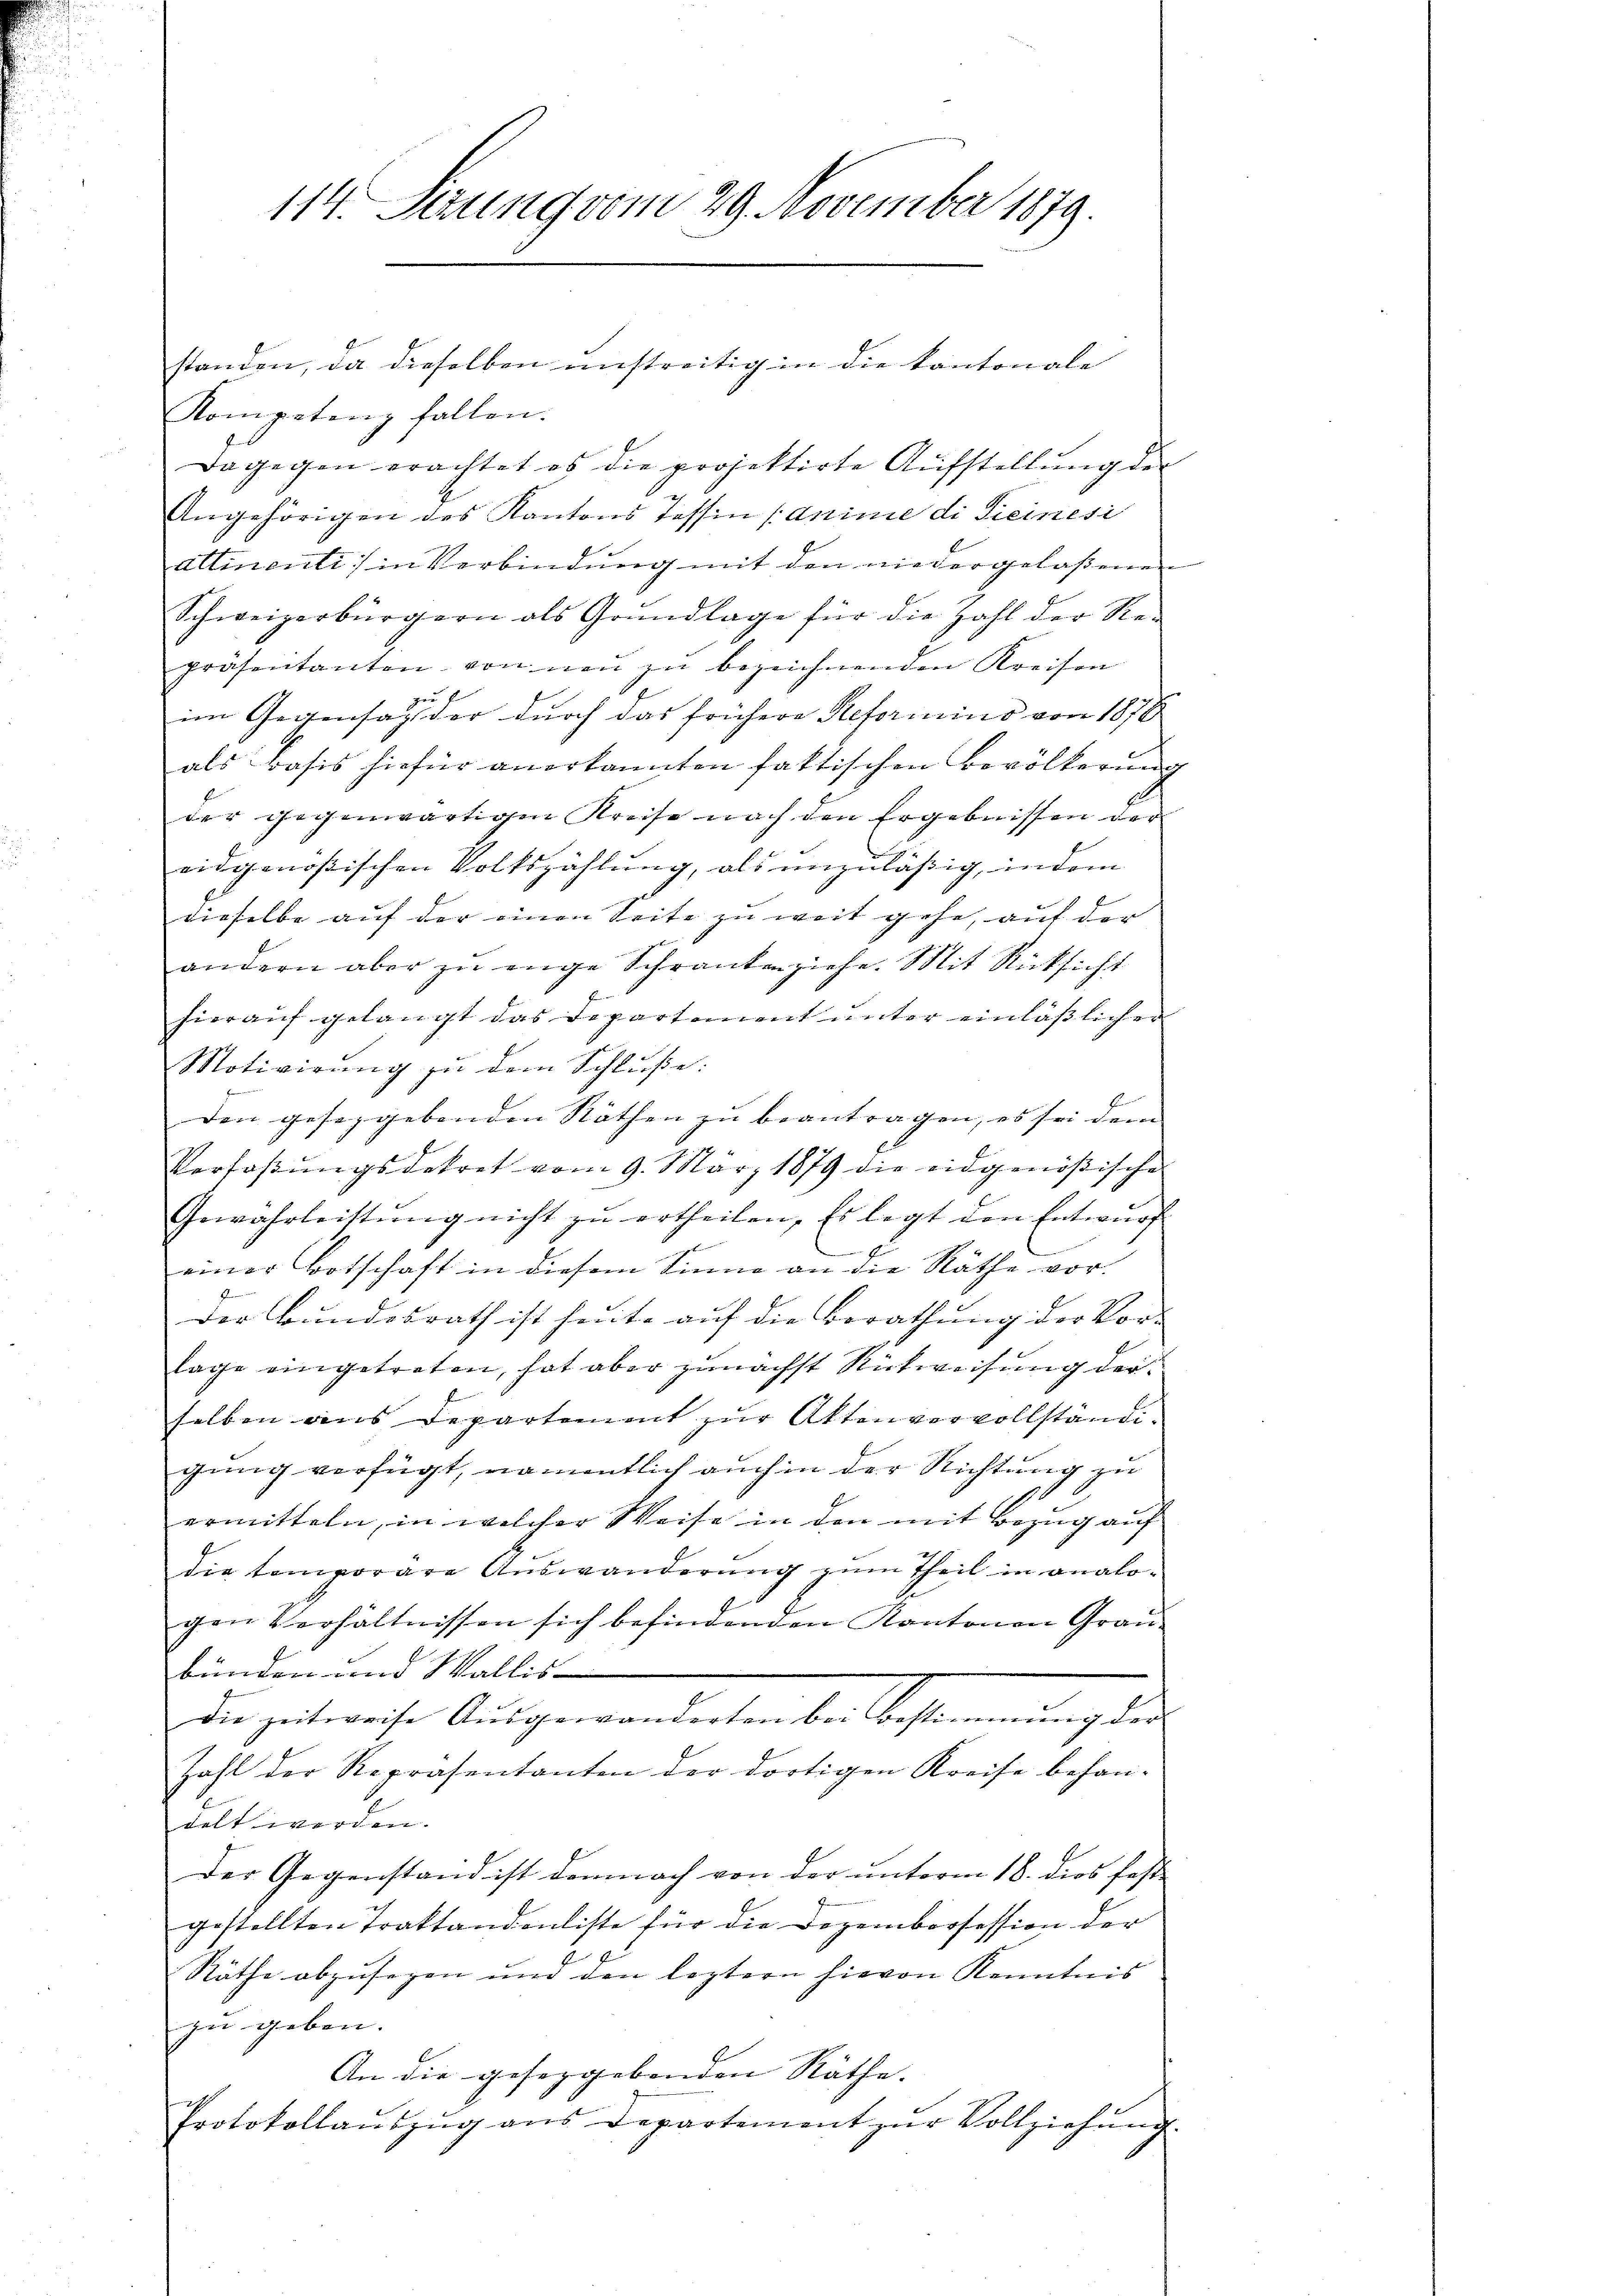
114. Serung vom 29. November 1879.

Kompetenz fallen.
Dagegen erachtet es die projektirte Aŭfstellŭng der
Angehörigen des Kantons Tessin (anime di Seinesi
attinenti in Verbindung mit den niedergelassenen
Schweizerbürgern als Grŭndlage für die Zahl der Re-
präsentanten von neu zu bezeichnenden Kreisen
im Gegensatz der durch das frühere Reformins von 1876
als rasis hiefür anerkannten faktischen Bevölkerung
der gegenwärtigen Kreise nach den Ergebnissen der
eidgenößischen Volkszählung, als unzuläßig, indem
dieselbe auf der einen Seite zu weit gehe, auf der
andern aber zŭ enge Schrankenziehe. Mit Rücksicht
hierauf gelangt das Departement unter einläßlicher
Motivirung zu dem Schluße.
den gesezgebenden Räthen zu beantragen, es sei dem
Verlaβŭngsdekret vom 9. März 1879 die eidgenößische
Gewahrleistŭng nicht zŭ ertheilen. Es legt den Entwŭrf
h
einer Botschaft in diesem Sinne an die Räthe vor.
Herren und
der Bundesrath ist heute auf die Berathung der Vor-
lage eingetreten, hat aber zunächst Rückweisung der
selben aus Departement zur Aktenvervollständigung verfügt, namentlich auch in der Richtung zu
ermitteln, in welcher Weise in den mit Bezug auf
die temporare Auswanderŭng zŭm Theil in analo-
gen Verhältnissen sich befindenden Kantonen Graubünden und Wallis
die zeitweise Aŭsgewanderten bei Bestimmung der
Zahl der Repräsentanten der dortigen Kreise behandelt werden.
Der Gegenstand ist demnach von der unterm 18. dies faste
gestellten Traktandonliste für die Dezembrofession der
2
Räthe abzusegen um den leztern hievon Kenntnis
zu geben. |
An die geseggebenden Räthe. |
Protokollaŭszŭg ans Departement zŭr Vollziehŭng.

standen, da dieselben unstreitig in die kantonale

a
g